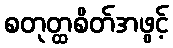
စတုတ္ထစိတ်အဖွင့်